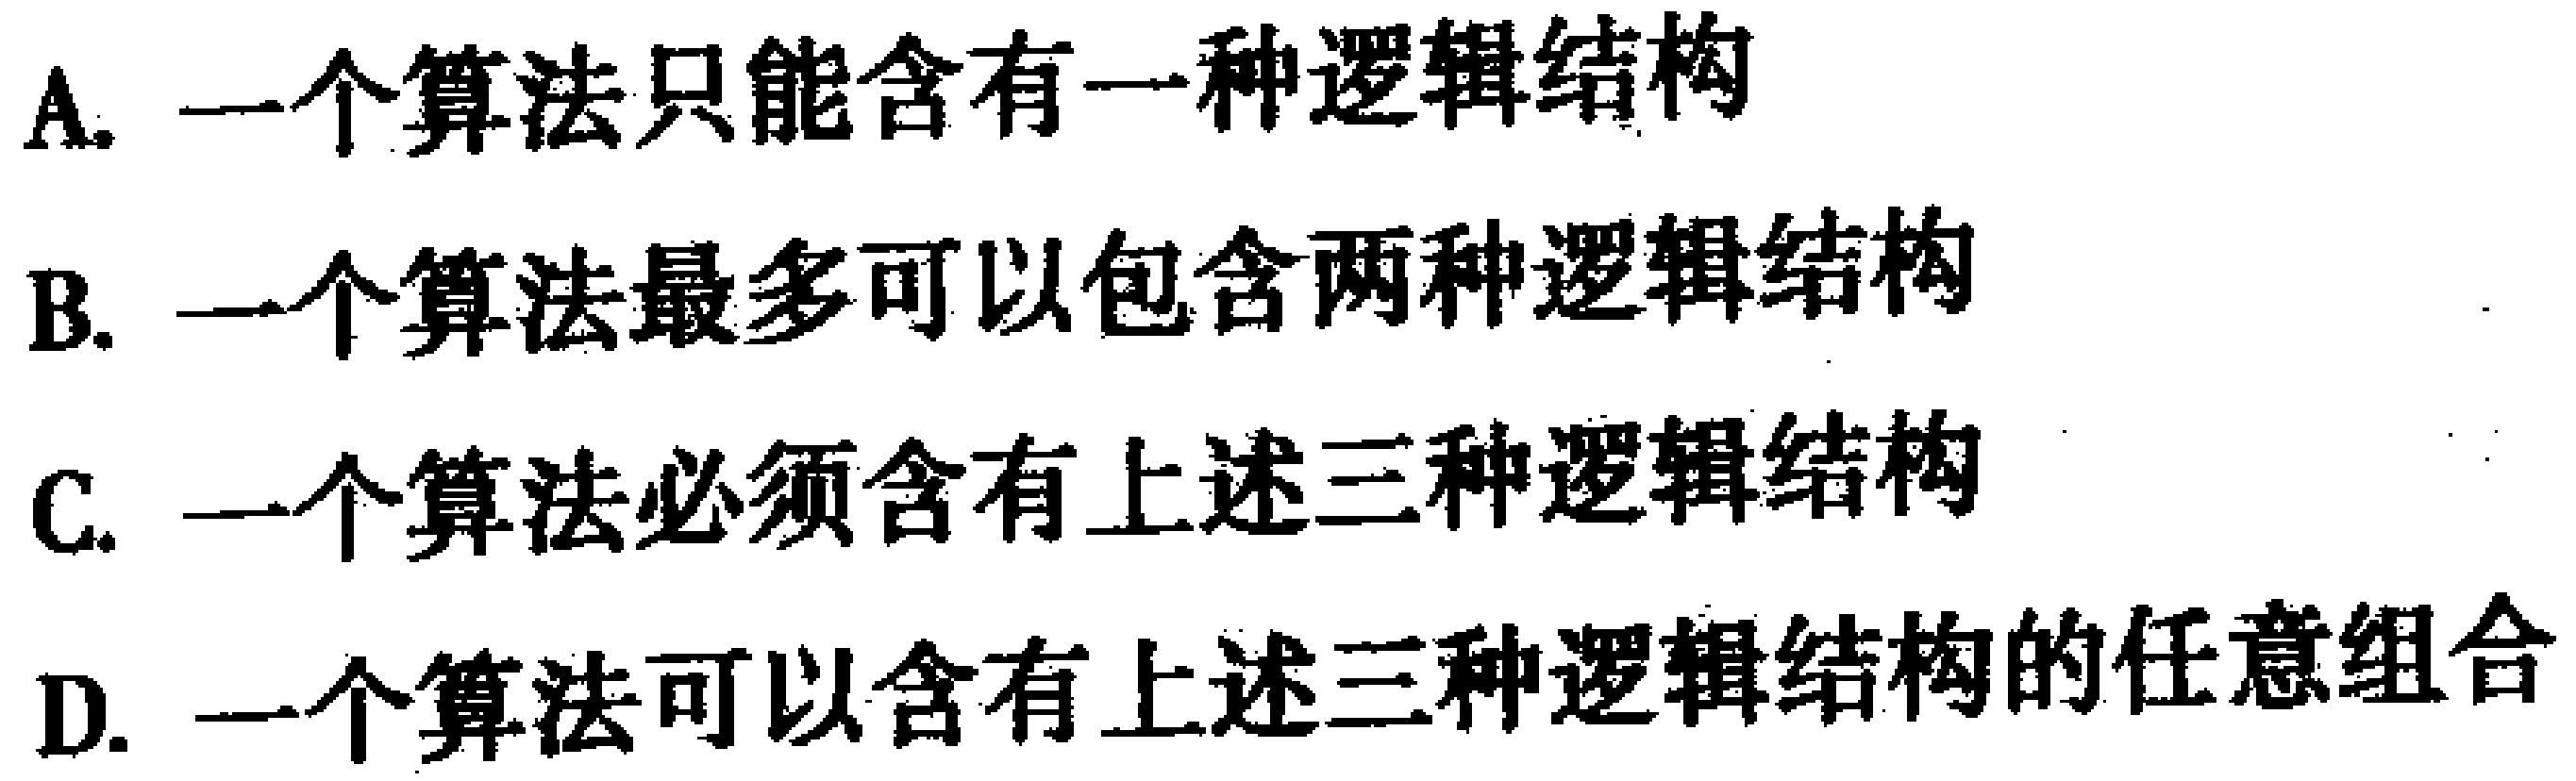
A. 一个算法只能含有一种逻辑结构
B. 一个算法最多可以包含两种逻辑结构
C. 一个算法必须含有上述三种逻辑结构
D. 一个算法可以含有上述三种逻辑结构的任意组合